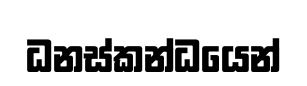
ධනස්කන්ධයෙන්